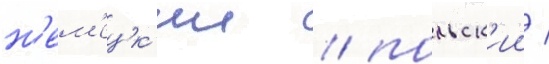
н'ем'ецк'ии / польск'ии /